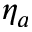
\eta _ { a }